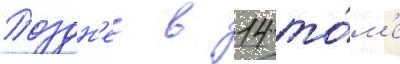
Поздн'ее в 14 то́м'е